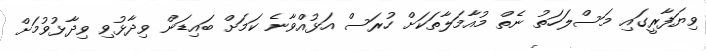
ވިޔަފާރީގައި މަސްލަހަތު ނެތް މުއާމަލާތަކަށް ހުރަސް އަޅުއްވާނެ ކަމަށް ބައިޑަން ވިދާޅުވި ވިދާޅުވުމަށް